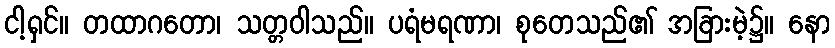
ငါ့ရှင်။ တထာဂတော၊ သတ္တဝါသည်။ ပရံမရဏာ၊ စုတေသည်၏ အခြားမဲ့၌။ နော